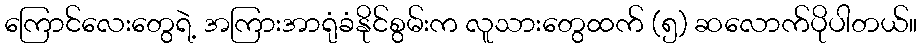
ကြောင်လေးတွေရဲ့ အကြားအာရုံခံနိုင်စွမ်းက လူသားတွေထက် (၅) ဆလောက်ပိုပါတယ်။